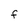
Character: F